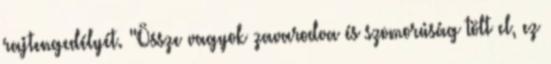
rajtengedélyét. "Össze vagyok zavarodva és szomorúság tölt el, ez